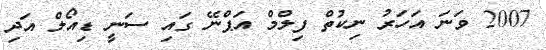
2007 ވަނަ އަހަރު ނިކުތް ފިލްމް އަޕްނޭ ގައި ސަނީ ޑިއޯލް އަދި